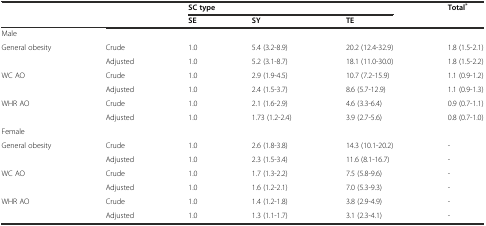
<table><thead><tr><td></td><td></td><td colspan="3"><b>SC type</b></td><td><b>Total<sup>*</sup></b></td></tr><tr><td></td><td></td><td><b>SE</b></td><td><b>SY</b></td><td><b>TE</b></td><td></td></tr></thead><tbody><tr><td>Male</td><td></td><td></td><td></td><td></td><td></td></tr><tr><td>General obesity</td><td>Crude</td><td>1.0</td><td>5.4 (3.2-8.9)</td><td>20.2 (12.4-32.9)</td><td>1.8 (1.5-2.1)</td></tr><tr><td></td><td>Adjusted</td><td>1.0</td><td>5.2 (3.1-8.7)</td><td>18.1 (11.0-30.0)</td><td>1.8 (1.5-2.2)</td></tr><tr><td>WC AO</td><td>Crude</td><td>1.0</td><td>2.9 (1.9-4.5)</td><td>10.7 (7.2-15.9)</td><td>1.1 (0.9-1.2)</td></tr><tr><td></td><td>Adjusted</td><td>1.0</td><td>2.4 (1.5-3.7)</td><td>8.6 (5.7-12.9)</td><td>1.1 (0.9-1.3)</td></tr><tr><td>WHR AO</td><td>Crude</td><td>1.0</td><td>2.1 (1.6-2.9)</td><td>4.6 (3.3-6.4)</td><td>0.9 (0.7-1.1)</td></tr><tr><td></td><td>Adjusted</td><td>1.0</td><td>1.73 (1.2-2.4)</td><td>3.9 (2.7-5.6)</td><td>0.8 (0.7-1.0)</td></tr><tr><td>Female</td><td></td><td></td><td></td><td></td><td></td></tr><tr><td>General obesity</td><td>Crude</td><td>1.0</td><td>2.6 (1.8-3.8)</td><td>14.3 (10.1-20.2)</td><td>-</td></tr><tr><td></td><td>Adjusted</td><td>1.0</td><td>2.3 (1.5-3.4)</td><td>11.6 (8.1-16.7)</td><td>-</td></tr><tr><td>WC AO</td><td>Crude</td><td>1.0</td><td>1.7 (1.3-2.2)</td><td>7.5 (5.8-9.6)</td><td>-</td></tr><tr><td></td><td>Adjusted</td><td>1.0</td><td>1.6 (1.2-2.1)</td><td>7.0 (5.3-9.3)</td><td>-</td></tr><tr><td>WHR AO</td><td>Crude</td><td>1.0</td><td>1.4 (1.2-1.8)</td><td>3.8 (2.9-4.9)</td><td>-</td></tr><tr><td></td><td>Adjusted</td><td>1.0</td><td>1.3 (1.1-1.7)</td><td>3.1 (2.3-4.1)</td><td>-</td></tr></tbody></table>